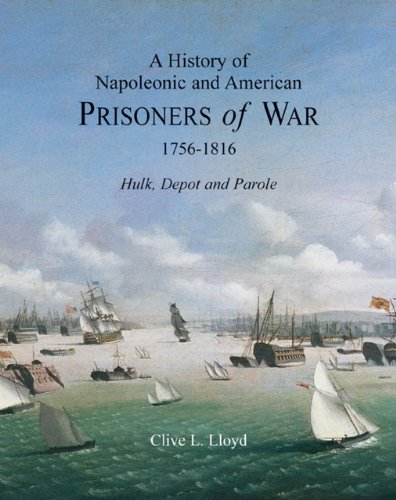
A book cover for A History of Napoleonic and American Prisoners of War 1756-1816: Hulk, Depot and Parole (Napoleonic Wars) (v. 1); Clive Lloyd; History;